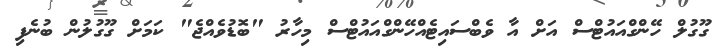
ގޫގުލް ހޭންގްއައުޓްސް އަށް އާ ވެބްސައިޓެއްހޭންގްއައުޓްސް މިހާރު "ބޮޑުވެއްޖެ" ކަމަށް ގޫގުލުން ބުނެފި